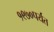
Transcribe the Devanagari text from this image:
१९७०पर्यंत